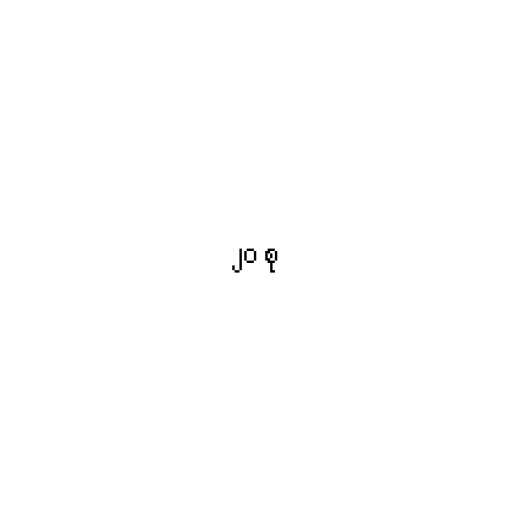
၂၀ စု